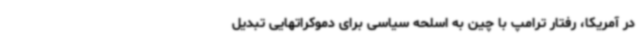
در آمریکا، رفتار ترامپ با چین به اسلحه سیاسی برای دموکراتهایی تبدیل